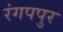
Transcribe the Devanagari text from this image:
रंगपपुर